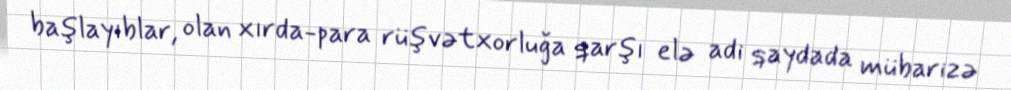
başlayıblar, olan xırda-para rüşvətxorluğa qarşı elə adi qaydada mübarizə